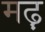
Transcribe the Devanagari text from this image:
मढ़़